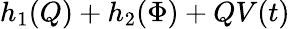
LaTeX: h_{1}(Q)+h_{2}(\Phi)+QV(t)